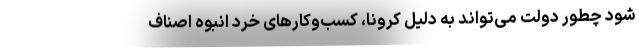
شود چطور دولت می‌تواند به دلیل کرونا، کسب‌وکارهای خرد انبوه اصناف